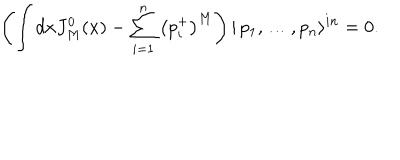
LaTeX: \left( \int d x J _ { M } ^ { 0 } ( x ) - \sum _ { i = 1 } ^ { n } \left( p _ { i } ^ { + } \right) ^ { M } \right) | \, p _ { 1 } , \dots , p _ { n } \rangle ^ { i n } = 0 .